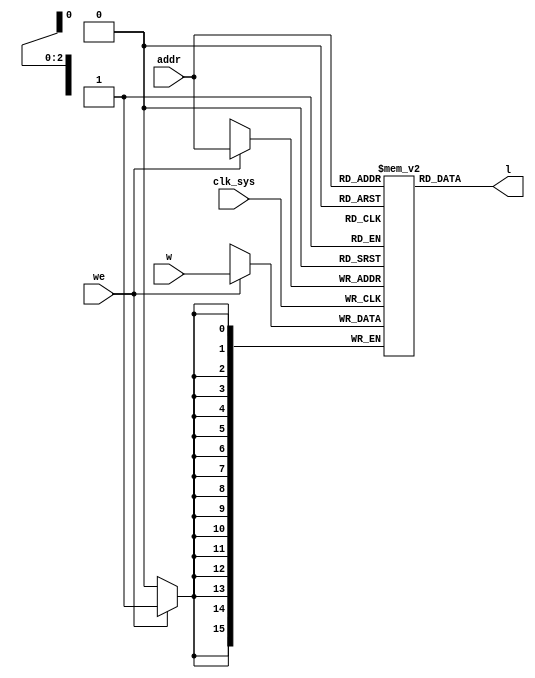
// User registers

module regs(
	input clk_sys,
	input [0:15] w,
	input [0:2] addr,
	input we,
	output [0:15] l
);

	reg [0:15] mem [0:7];

	always @ (posedge clk_sys) begin
		if (we) mem[addr] <= w;
	end

	assign l = mem[addr];

endmodule

// vim: tabstop=2 shiftwidth=2 autoindent noexpandtab